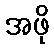
အဖို